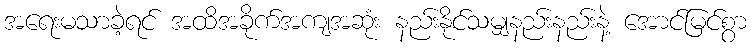
အရေးမသာခဲ့ရင် အထိအခိုက်အကျအဆုံး နည်းနိုင်သမျှနည်းနည်းနဲ့ အောင်မြင်စွာ